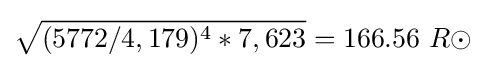
{\sqrt {(5772/4,179)^{4}*7,623}}=166.56\ R\odot